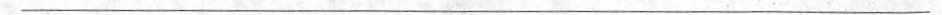
___